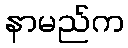
နာမည်က